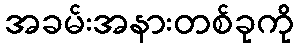
အခမ်းအနားတစ်ခုကို